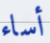
أساء